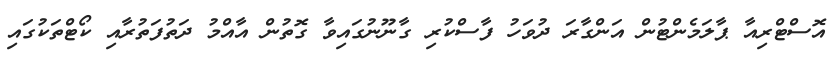
އޮސްޓްރިއާ ޕާލަަމެންޓުން އަންގާރަ ދުވަހު ފާސްކުރި ގާނޫނުގައިވާ ގޮތުން އާއްމު ދަތުފަތުރާއި ކޯޓްތަކުގައި